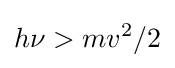
h\nu >mv^{2}/2